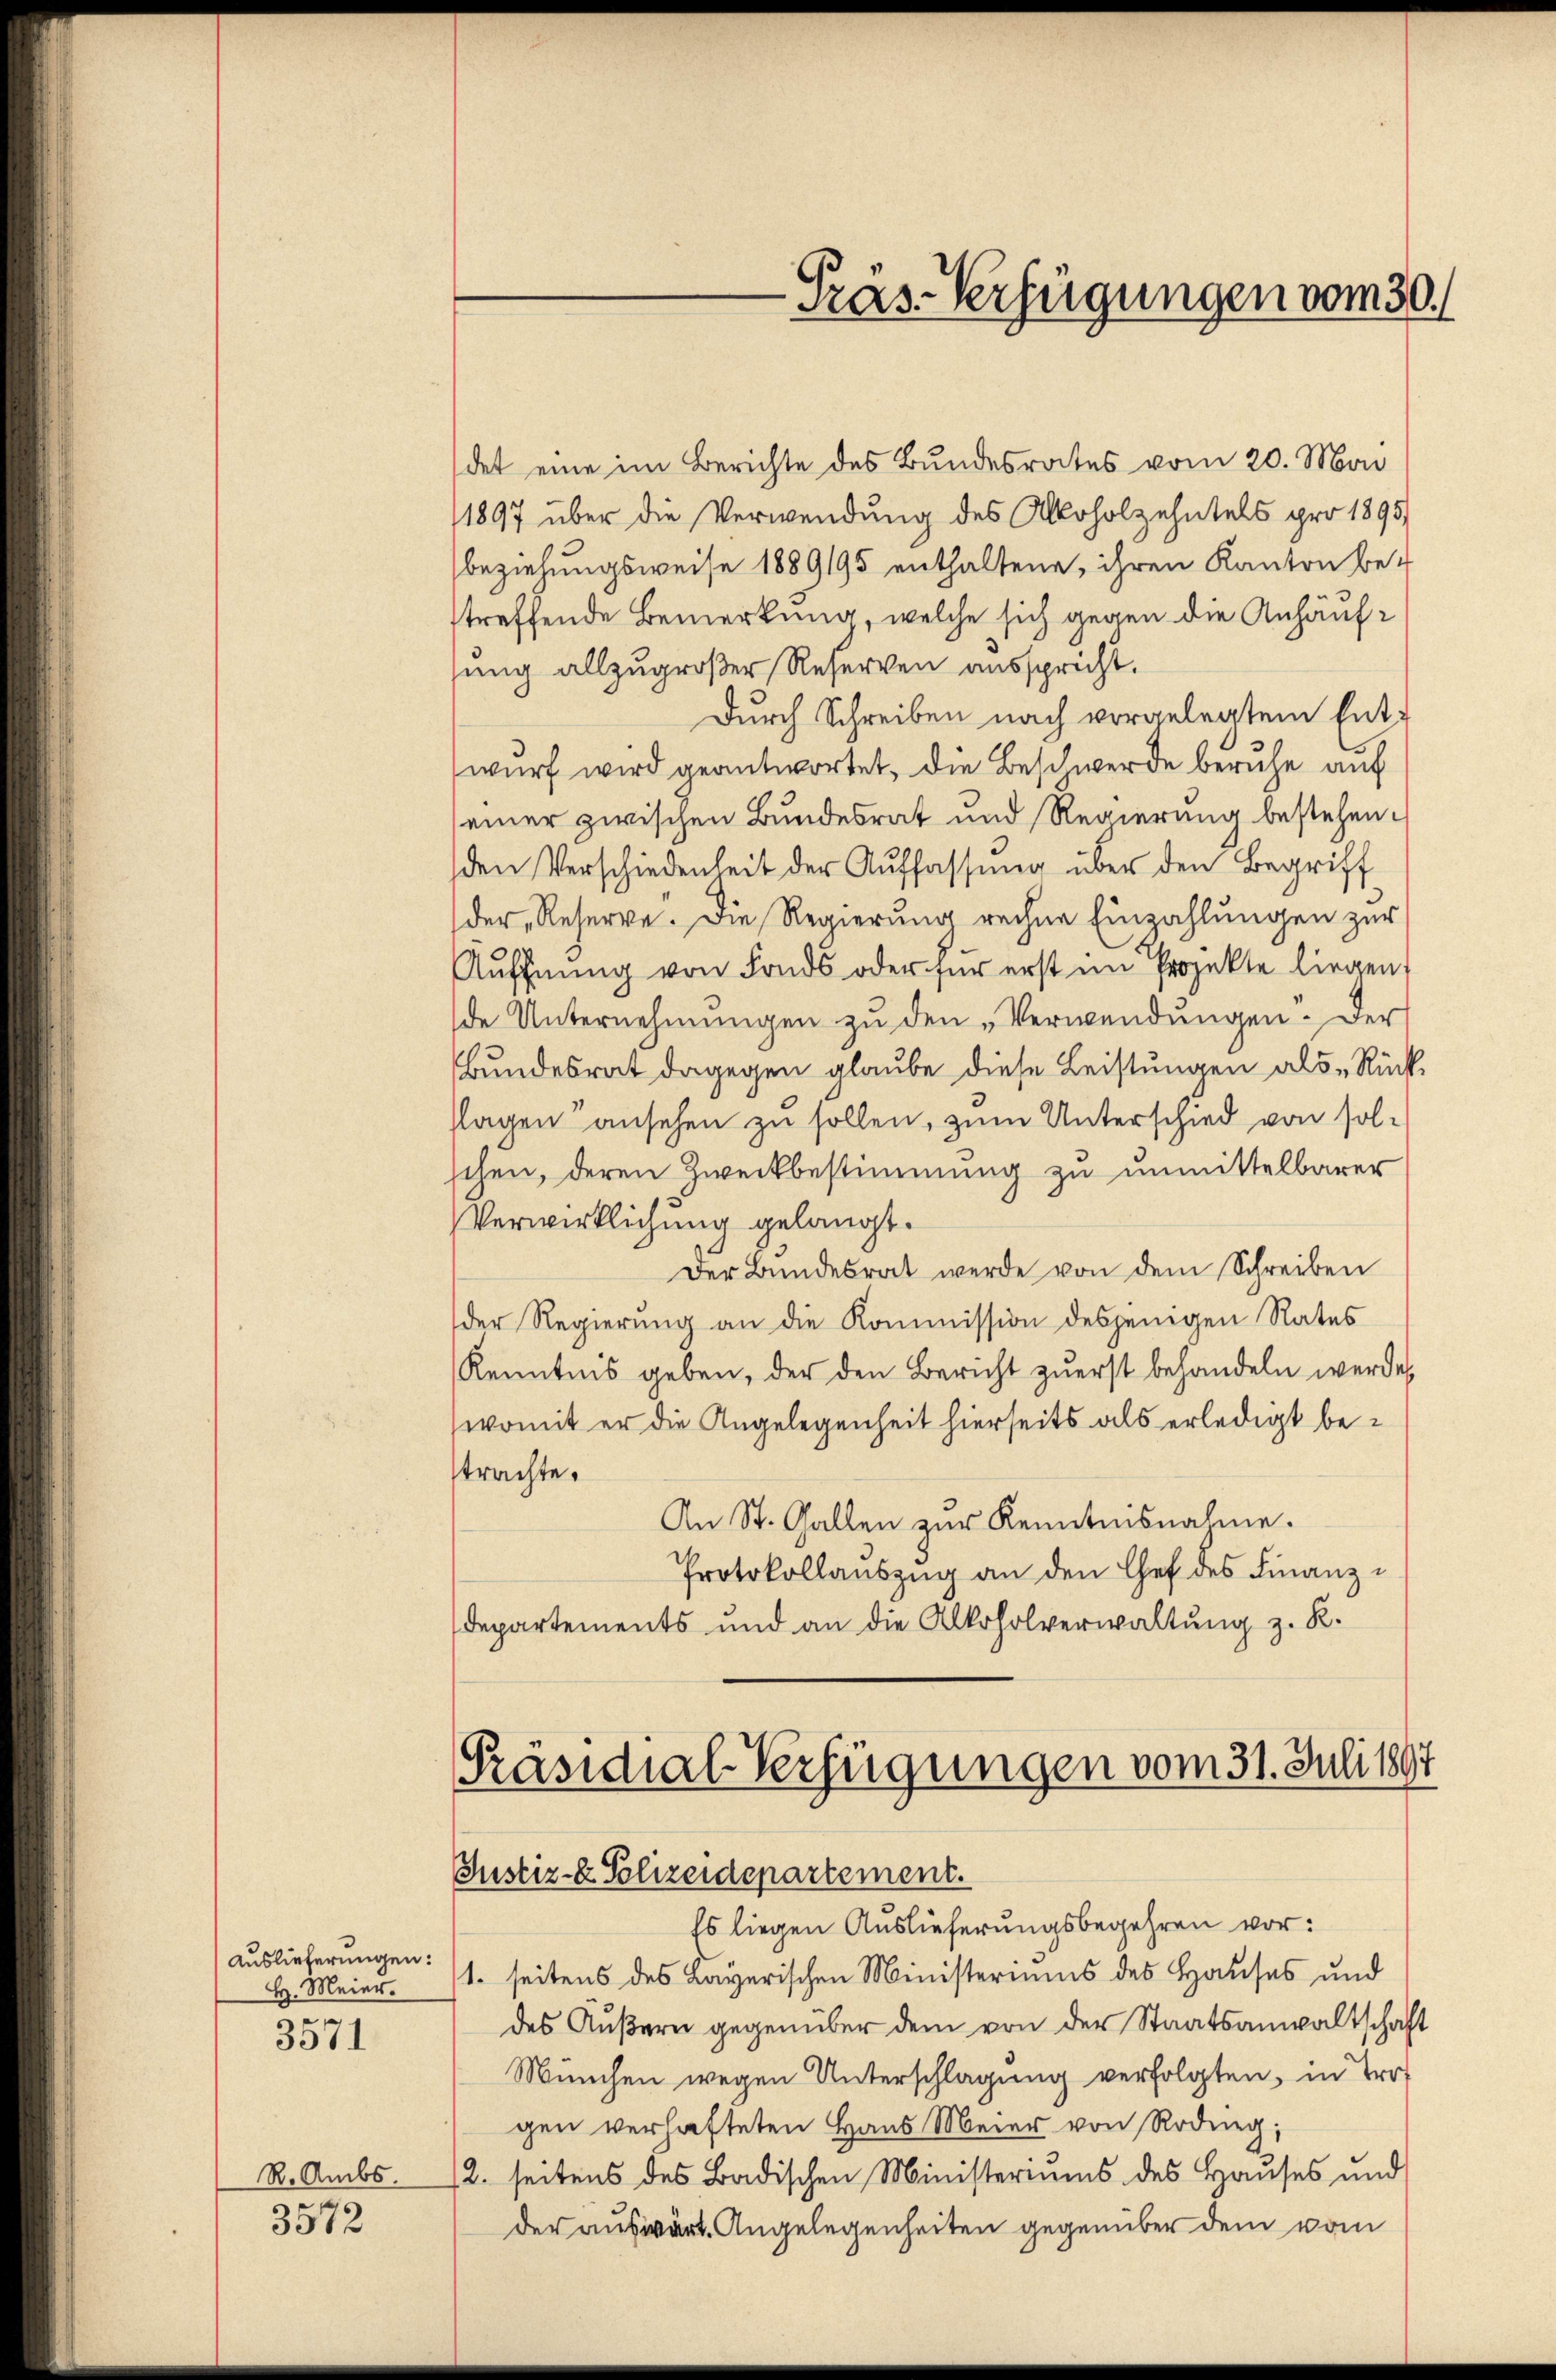
Auslieferungen:
H. Meier.
e
3511

R. Ambs.

3572

Präs-Verfügungen vom 30.

det eine im Berichte des Bundesrates vom 20. Mai
1897 über die Verwendung des Alkoholzehntels pro 1895.
beziehungsweise 1889195 enthaltene, ihren Kanton be-
streffende Bemerkung, welche sich gegen die Anhäuflung allzugroßer Reserven ausspricht.
Durch Schreiben nach vorgelegtem Entwurf wird geantwortet, die Beschwerde beruhe auf
einer zwischen Bundesrat und Regierung bestehen.
den Verschiedenheit der Auffassung über den Begriff
der Reserve. Die Regierung rechne Einzahlungen zur
Auffnung von Fonds oder für erst im Projekte liegen,
de Unternehmungen zu den „Verwendungen. Der
Bundesrat dagegen glaube diese Leistungen als Rückllagen ansehen zu sollen, zum Unterschied von solschen, deren Zweckbestimmung zu unmittelbarer
Verwirklichung gelangt.
Der Bundesrat werde von dem Schreiben
der Regierung an die Kommission desjenigen Rates
Kenntnis geben, der den Bericht zuerst behandeln werde,
womit er die Angelegenheit hierseits als erledigt bestrachte.
An St. Gallen zŭr Kenntnisnahme.
Protokollauszug an den Chef des Finanz¬
Departements und an die Alkoholverwaltung z. R.

Präsidial-Verfügungen vom 31. Juli 1891
Justiz- & Polizeidepartement.

Es liegen Auslieferungsbegehren vor:
1. seitens des Bayerischen Ministeriums des Hauses und
des Äußern gegenüber dem von der Staatsanwaltschaft
München wegen Unterschlagung verfolgten, in Tr
gen verhafteten Haus Meier von Rodung;
/2. seitens des Badischen Ministeriums des Hauses und
der auswärte Angelegenheiten gegenüber dem vom